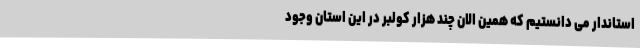
استاندار می دانستیم که همین الان چند هزار کولبر در این استان وجود